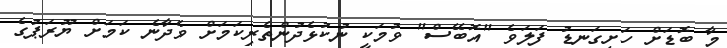
މާ ބޮޑަށް ހަށިގަނޑު ފަލަވެ "އޮބޭސް" ވުމަކީ ނުކުޅެދުންތެރިކަމަށް ވެދާނެ ކަމަށް ޔޫރަޕުގެ